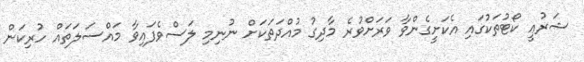
ޝަރުޢީ ކޯޓުތަކުގައި އެކަށީގެންވާ ވަރަށްވުރެ މާދިގު މުއްދަތަކަށް ނުނިމި ލަސްވެފައިވާ މައްސަލަތައް ހުރިކަން